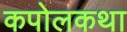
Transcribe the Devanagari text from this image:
कपोलकथा